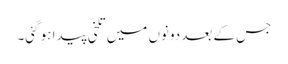
جس کے بعد دونوں میں تلخی پیدا ہو گئی۔